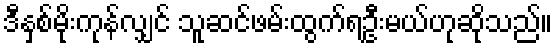
ဒီနှစ်မိုးကုန်လျှင် သူဆင်ဖမ်းထွက်ရဦးမယ်ဟုဆိုသည်။